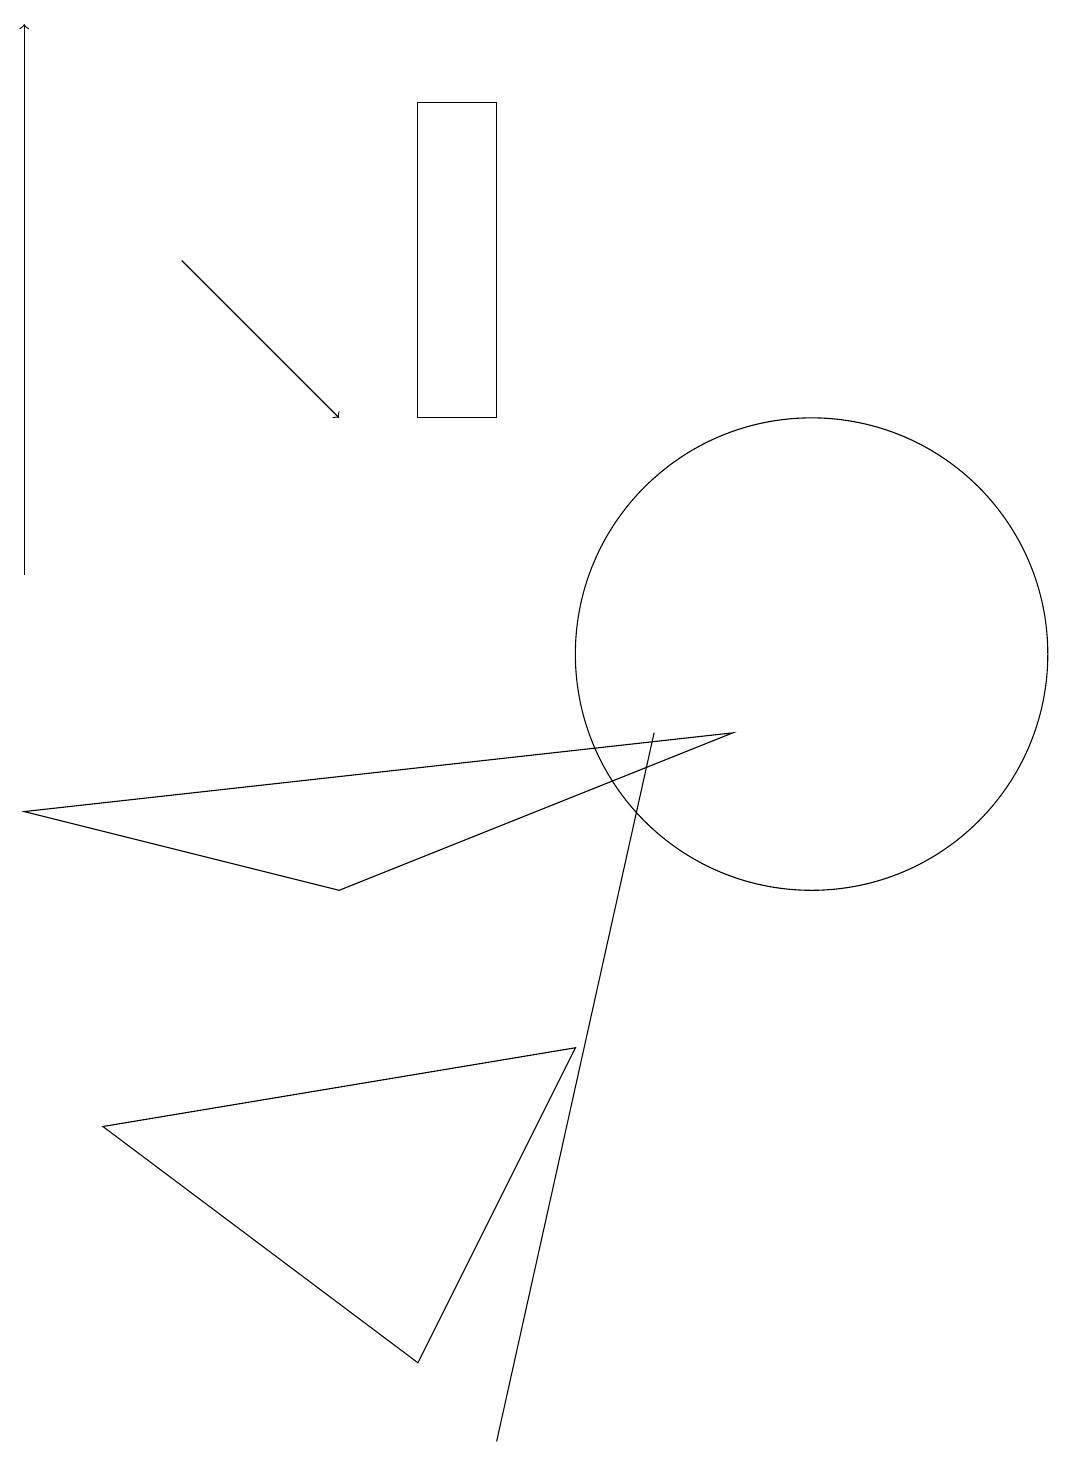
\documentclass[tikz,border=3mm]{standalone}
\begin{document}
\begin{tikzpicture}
\draw (5,1) -- (1,4) -- (7,5) -- cycle;
\draw[->] (2,15) -- (4,13);
\draw (4,7) -- (0,8) -- (9,9) -- cycle;
\draw (10,10) circle (3);
\draw (8,9) -- (6,0) -- (6,0) -- cycle;
\draw[->] (0,11) -- (0,18);
\draw (5,13) rectangle (6,17);
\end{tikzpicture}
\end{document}